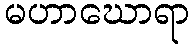
မဟာဃောရာ